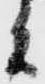
者